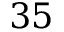
3 5